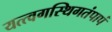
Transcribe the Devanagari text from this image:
यत्त्वगस्थिगतंपापं